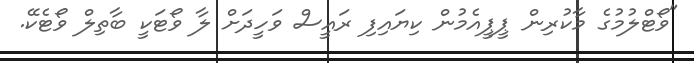
"ވޯޓްލުމުގެ މާކުރިން ޕީޕީއެމުން ކިޔައިފި ރައީސް ވަހީދަށް ލާ ވޯޓަކީ ބާތިލް ވޯޓެކޭ.